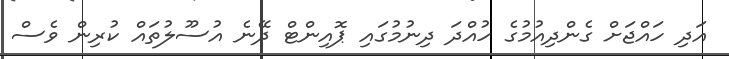
އަދި ހައްޖަށް ގެންދިއުމުގެ ހުއްދަ ދިނުމުގައި ޕޮއިންޓް ދޭނެ އުސޫލުތައް ކުރިން ވެސް